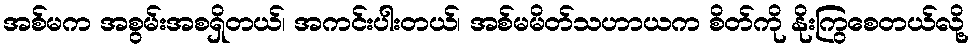
အစ်မက အစွမ်းအစရှိတယ်၊ အကင်းပါးတယ်၊ အစ်မမိတ်သဟာယက စိတ်ကို နိုးကြွစေတယ်လို့